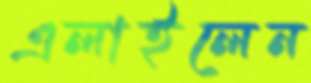
এলাইলেন